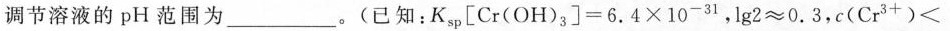
调节溶液的pH范围为___。(已知：$$Kw _ { sp }[Cr( OH )_{ 3 }] = 6.4 \times 10 ^ { -31 }$$，$$lg ^ { 2 } ≈ 0.3$$，$$e(Cr ^ { 3+ }) <